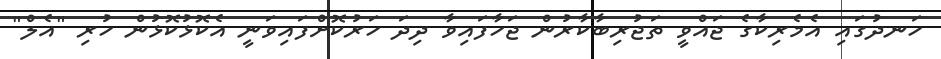
ހަނދުގައި އެމެރިކާގެ ޖައްވީ ތަޖުރިބާކާރުން ޖަހާފައިވާ ދިދަ ހަރުކޮށްފައިވަނީ އެކޮޅުކޮޅުން ހުރި "އެލް"